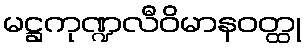
မဋ္ဌကုဏ္ဍလီဝိမာနဝတ္ထု